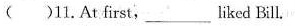
( )11.At first,___ liked Bill.